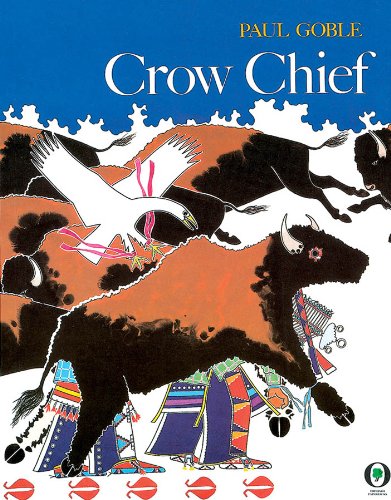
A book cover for Crow Chief; Paul Goble; Children's Books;